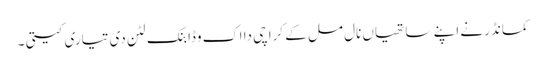
کمانڈر نے اپنے ساتھیاں نال مل کے کراچی دا اک وڈا بنک لٹن دی تیاری کیتی ۔